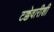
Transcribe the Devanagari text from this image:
टक्केवारीशी